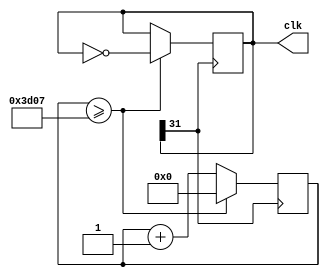
module clk_generator32(
  output reg [31:0] clk
);

parameter PERIOD = 15624; // 50 MHz / 3.2 MHz = 15624

reg [31:0] counter;

always @(posedge clk[31])
begin
  counter <= counter + 1;
  if (counter >= (PERIOD - 1)) begin
    counter <= 0;
    clk <= ~clk;
  end
end

initial begin
  clk <= 0;
  counter <= 0;
end

endmodule